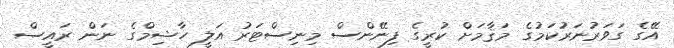
އޭގެ ގަވަރުނަރުކަމުގެ މަޤާމަށް ކުރީގެ ފިނޭންސް މިނިސްޓަރު އަލީ ހާޝިމްގެ ނަން ރައީސް